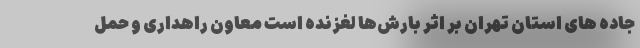
جاده های استان تهران بر اثر بارش‌ها لغزنده است معاون راهداری و حمل